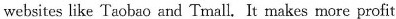
websites like Taobao and Tmall. It makes more profit